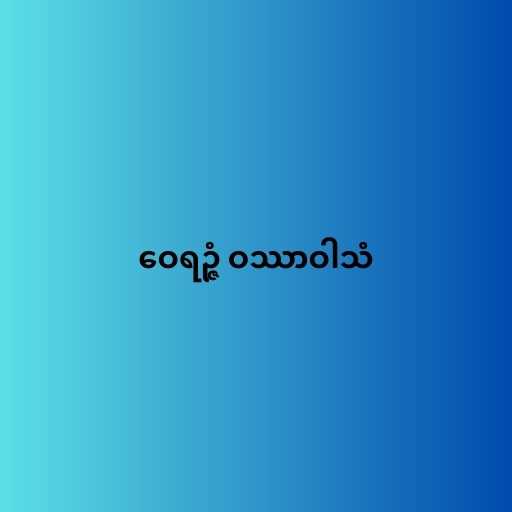
ဝေရဉ္ဇံ ဝဿာဝါသံ